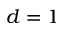
d = 1